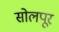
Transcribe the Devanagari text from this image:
सोलपूर